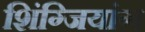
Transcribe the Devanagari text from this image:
शिंग्जियांग